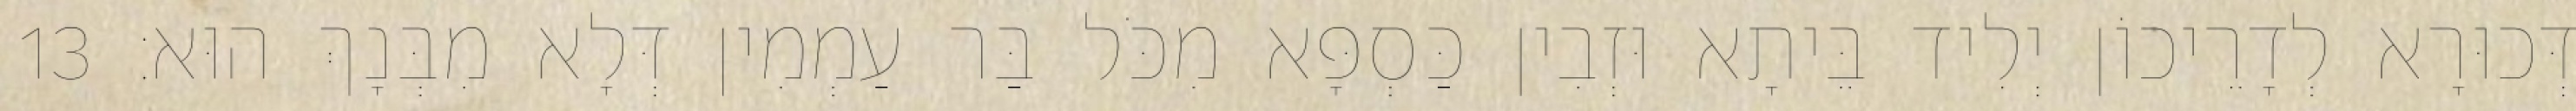
דְּכוּרָא לְדָרֵיכוֹן יְלִיד בֵּיתָא וּזְבִין כַּסְפָּא מִכֹּל בַּר עַמְמִין דְּלָא מִבְּנָךְ הוּא׃ 13